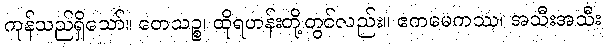
ကုန်သည်ရှိသော်။ တေသဉ္စ၊ ထိုရဟန်းတို့တွင်လည်း။ ဧကမေကဿ၊ အသီးအသီး